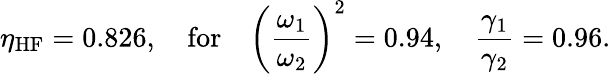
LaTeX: \eta_{\mathrm{HF}}=0.826,\quad\mathrm{for}\quad\left(\frac{\omega_{1}}{\omega_{2}}\right)^{2}=0.94,\quad\frac{\gamma_{1}}{\gamma_{2}}=0.96.